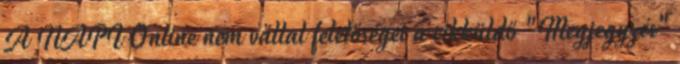
A NAPI Online nem vállal felelőséget a cikküldő "Megjegyzés"